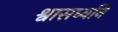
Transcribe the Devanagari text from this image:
श्वासध्वनि